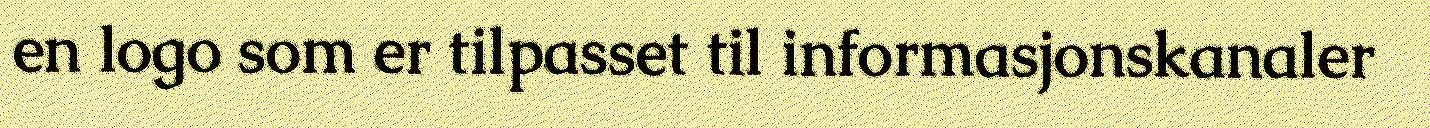
en logo som er tilpasset til informasjonskanaler